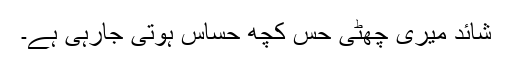
شائد میری چھٹی حس کچھ حساس ہوتی جارہی ہے۔